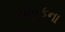
ચાહકના